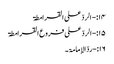
۱۴:- الردّ علی القرامطۃ
۱۵:-الردّ علی فروع القرامطۃ
۱۶:-ردّالإمامۃ۔